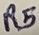
Text: R5